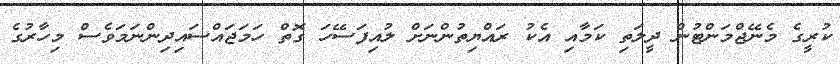
ކުރީގެ މެނޭޖްމަންޓުން ދީލަތި ކަމާއި އެކު ރައްޔިތުންނަށް ލުއިފަސޭހަ ގޮތް ހަމަޖައްސައިދިންނަމަވެސް މިހާރުގެ